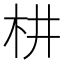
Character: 𣏨